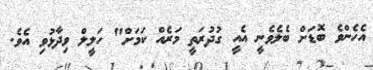
އެހެންވެ ބޮޑަށް ބެލެވެނީ އެއީ ގުދުރަތީ މަރެއް ކަމަށް" ހަލީލް ވިދާޅުވި އެވެ.